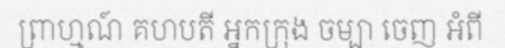
ព្រាហ្មណ៍ គហបតី អ្នកក្រុង ចម្បា ចេញ អំពី